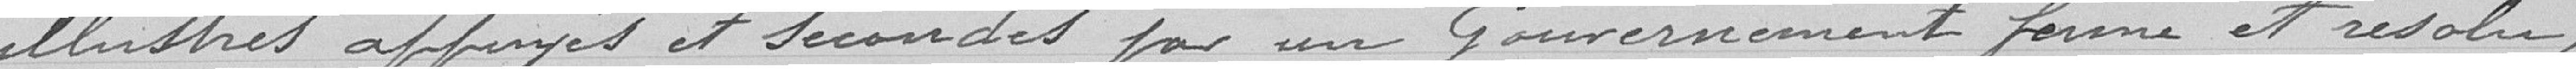
illustres appuyés et secondés par un gouvernement ferme et résolu